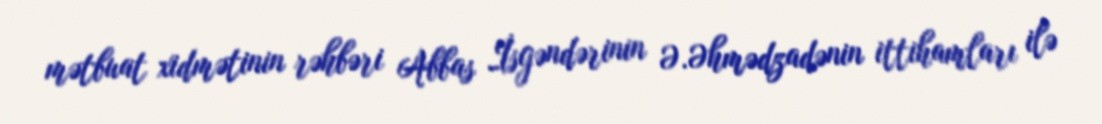
mətbuat xidmətinin rəhbəri Abbas İsgəndərinin Ə.Əhmədzadənin ittihamları ilə